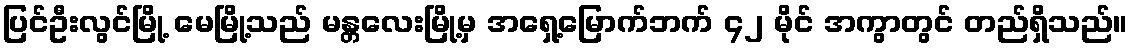
ပြင်ဦးလွင်မြို့ မေမြို့သည် မန္တလေးမြို့မှ အရှေ့မြောက်ဘက် ၄၂ မိုင် အကွာတွင် တည်ရှိသည်။